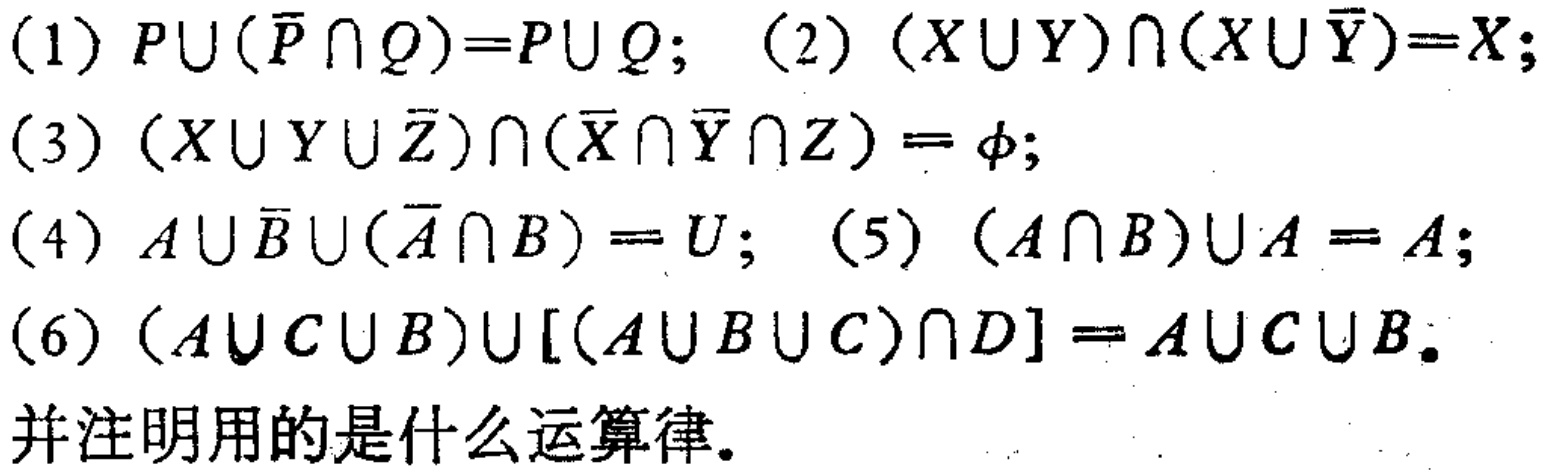
(1) \(P\cup(\overline{P}\cap Q)=P\cup Q\); (2) \((X\cup Y)\cap(X\cup\overline{Y}) = X\);

(3) \((X\cup Y\cup\overline{Z})\cap(\overline{X}\cap\overline{Y}\cap Z)=\varnothing\);

(4) \(A\cup\overline{B}\cup(\overline{A}\cap B)=U\); (5) \((A\cap B)\cup A = A\);

(6) \((A\cup C\cup B)\cup[(A\cup B\cup C)\cap D]=A\cup C\cup B\).

并注明用的是什么运算律。